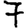
Digit: 7